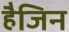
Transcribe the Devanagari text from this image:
हैजिन